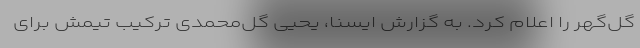
گل‌گهر را اعلام کرد. به گزارش ایسنا، یحیی گل‌محمدی ترکیب تیمش برای